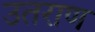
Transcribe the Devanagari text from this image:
उतराण